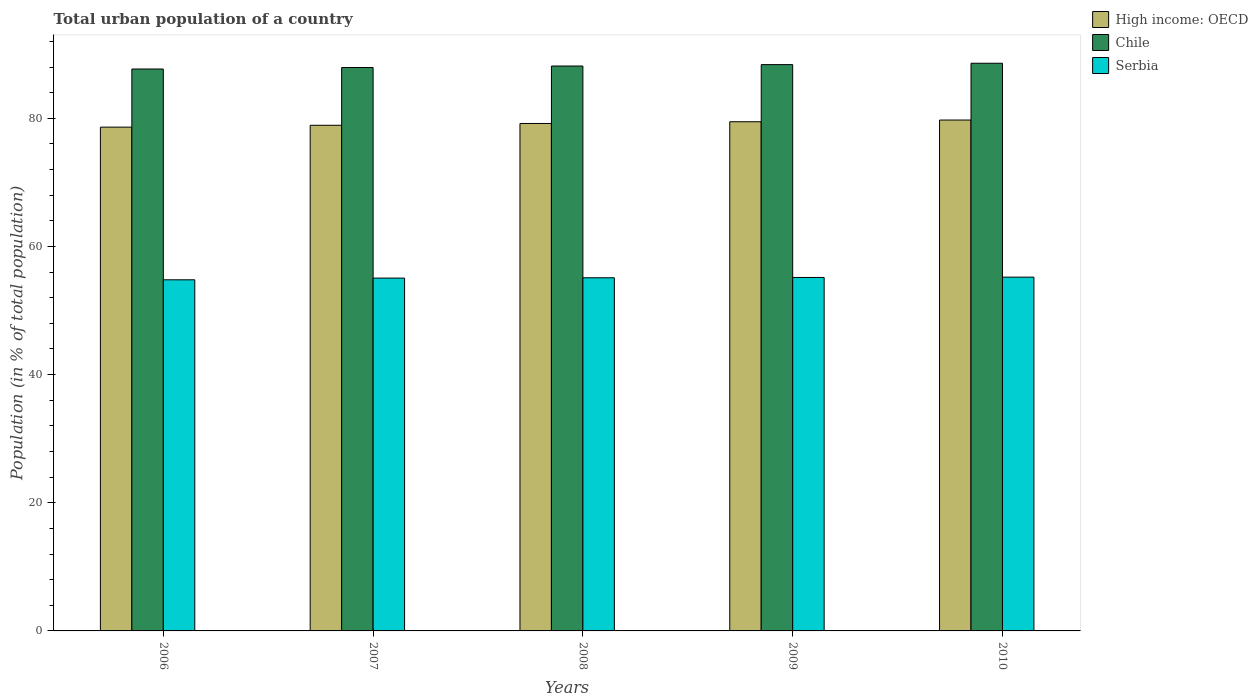
| Years | High income: OECD | Chile | Serbia |
 | --- | --- | --- | --- |
 | 2006 | 78.6 | 87.7 | 54.8 |
 | 2007 | 78.9 | 87.9 | 55.1 |
 | 2008 | 79.2 | 88.2 | 55.1 |
 | 2009 | 79.5 | 88.4 | 55.2 |
 | 2010 | 79.7 | 88.6 | 55.2 |